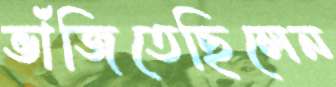
ভাঁজিতেছিলেন